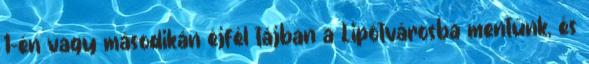
1-én vagy másodikán éjfél tájban a Lipótvárosba mentünk, és